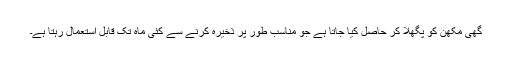
گھی مکھن کو پگھلا کر حاصل کیا جاتا ہے جو مناسب طور پر ذخیرہ کرنے سے کئی ماہ تک قابل استعمال رہتا ہے۔